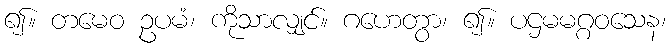
၍။ တမေဝ ဥပမံ၊ ကိုသာလျှင်။ ဂဟေတွာ၊ ၍။ ပဌမမဂ္ဂဝသေန၊